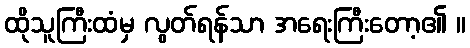
ထိုသူကြီးထံမှ လွတ်ရန်သာ အရေးကြီးတော့၏ ။